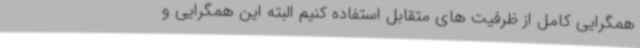
همگرایی کامل از ظرفیت های متقابل استفاده کنیم البته این همگرایی و